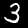
Label: 3